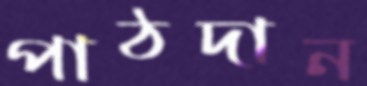
পাঠদান